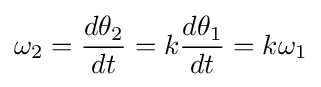
\omega _{2}={\frac {d\theta _{2}}{dt}}=k{\frac {d\theta _{1}}{dt}}=k\omega _{1}